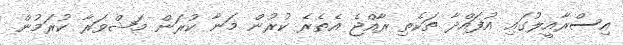
އިސްރާއީލުގައި އުފައްދާ ތަކެތި ރާއްޖެ އެތެރެ ކުރުން މަނާ ކުރަން މަޝްވަރާ ކުރަމުން